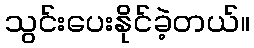
သွင်းပေးနိုင်ခဲ့တယ်။